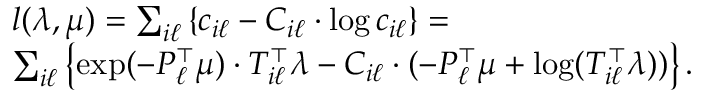
\begin{array} { r l } & { l ( \lambda , \mu ) = \sum _ { i \ell } \left\{ c _ { i \ell } - C _ { i \ell } \cdot \log c _ { i \ell } \right\} = } \\ & { \sum _ { i \ell } \left\{ \exp ( - P _ { \ell } ^ { \top } \mu ) \cdot T _ { i \ell } ^ { \top } \lambda - C _ { i \ell } \cdot ( - P _ { \ell } ^ { \top } \mu + \log ( T _ { i \ell } ^ { \top } \lambda ) ) \right\} . } \end{array}